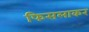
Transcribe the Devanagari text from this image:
फिसलाकर